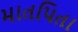
માતપિતા